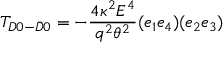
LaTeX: T _ { D 0 - \bar { D } 0 } = - \frac { 4 \kappa ^ { 2 } E ^ { 4 } } { q ^ { 2 } \theta ^ { 2 } } ( e _ { 1 } e _ { 4 } ) ( e _ { 2 } e _ { 3 } )